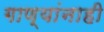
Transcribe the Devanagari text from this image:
गाण्यांनाही